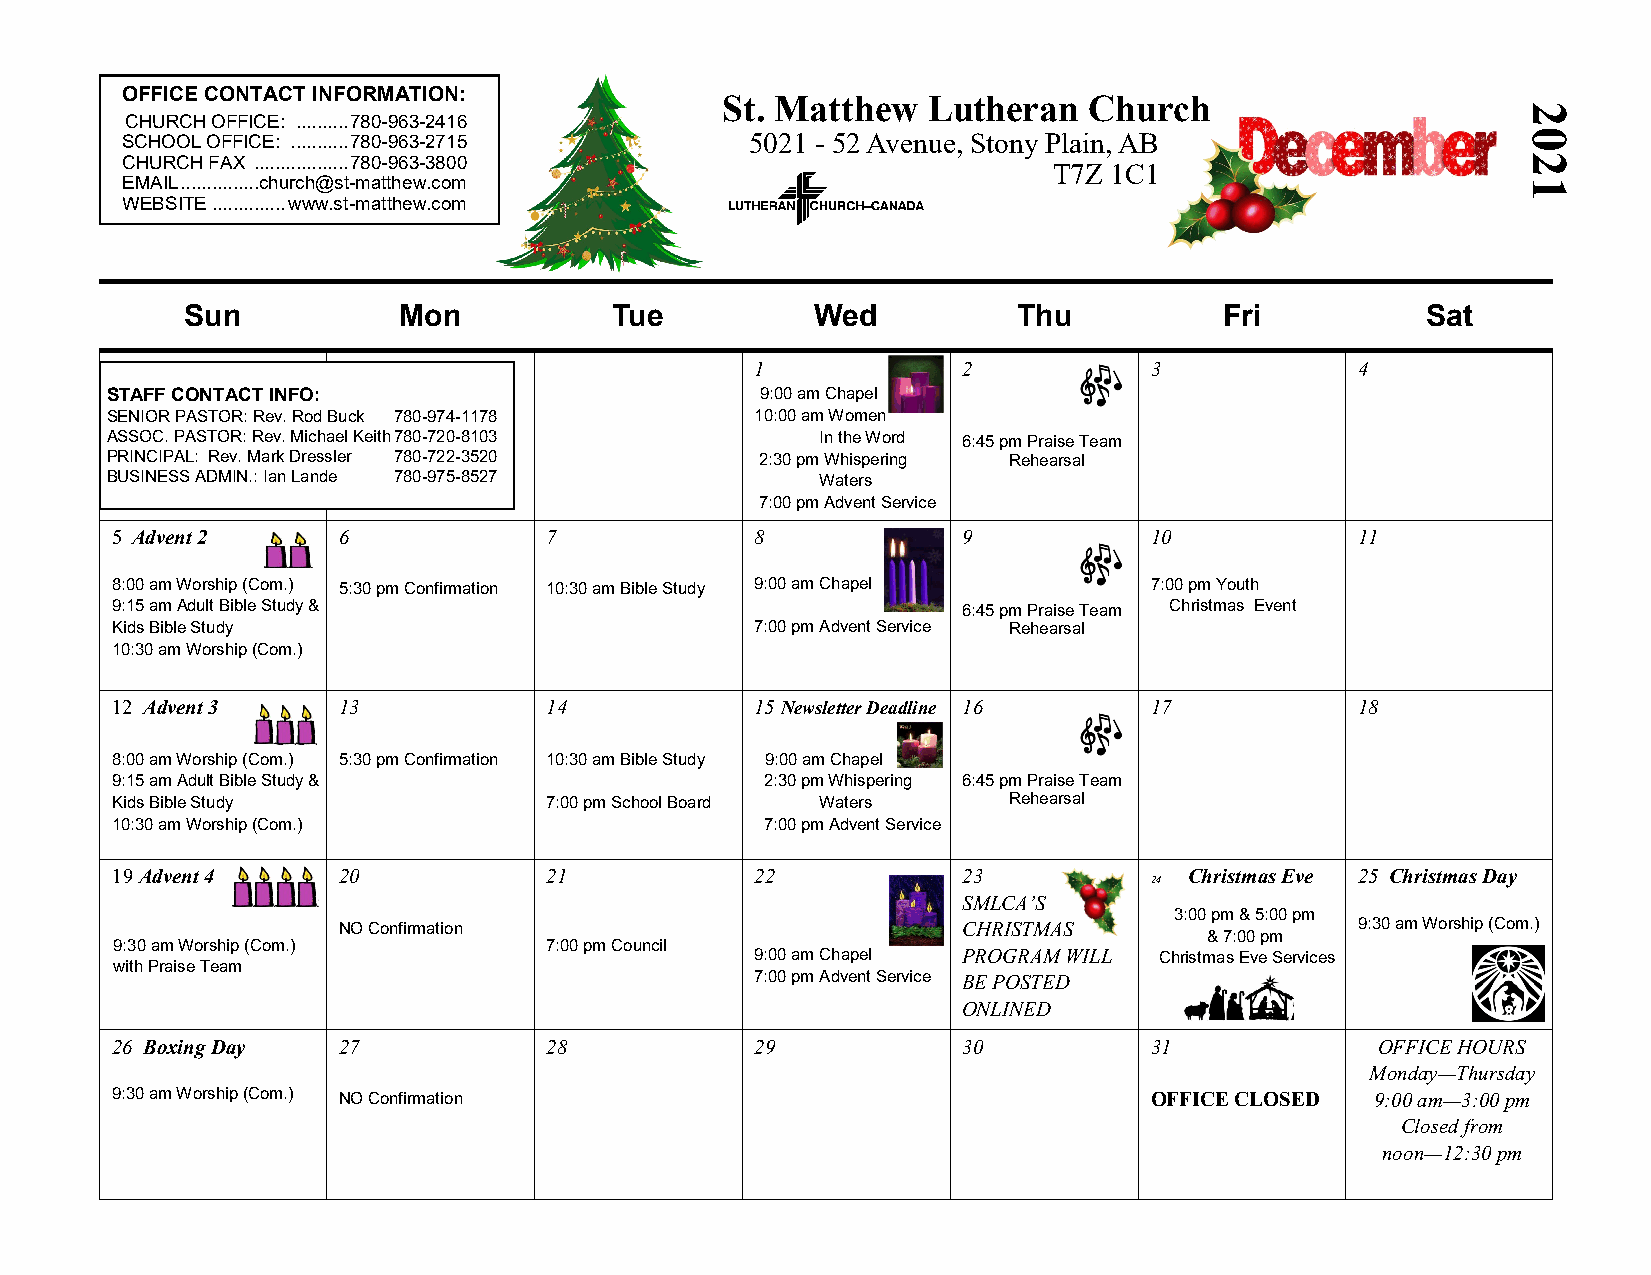
OFFICE CONTACT INFORMATIODN: ecemSt.       Mbattehewr L u2ther0an C2hur1ch
 2
 CHURCH OFFICE: .......... 780-963-2416
 SCHOOL OFFICE: ........... 780-963-2715   5021 - 52 Avenue, Stony Plain, AB                  0
 CHURCH FAX .................. 780-963-3800                                                   2
 T7Z 1C1
 EMAIL ...............church@st-matthew.com                                                   1
 WEBSITE .............. www.st-matthew.com
 Sun           Mon            Tue          Wed          Thu           Fri          Sat
 1             2           3             4
 STAFF CONTACT INFO:                        9:00 am Chapel
 SENIOR PASTOR: Rev. Rod Buck 780-974-1178  10:00 am Women
 ASSOC. PASTOR: Rev. Michael Keith 780-720-8103 In the Word 6:45 pm Praise Team
 PRINCIPAL: Rev. Mark Dressler 780-722-3520 2:30 pm Whispering Rehearsal
 BUSINESS ADMIN.: Ian Lande 780-975-8527        Waters
 7:00 pm Advent Service
 5 Advent 2     6             7             8             9           10            11
 8:00 am Worship (Com.) 5:30 pm Confirmation 10:30 am Bible Study 9:00 am Chapel 7:00 pm Youth
 9:15 am Adult Bible Study &                              6:45 pm Praise Team Christmas Event
 Kids Bible Study                           7:00 pm Advent Service Rehearsal
 10:30 am Worship (Com.)
 12 Advent 3    13            14            15 Newsletter Deadline 16 17            18
 8:00 am Worship (Com.) 5:30 pm Confirmation 10:30 am Bible Study 9:00 am Chapel
 9:15 am Adult Bible Study &                 2:30 pm Whispering 6:45 pm Praise Team
 Kids Bible Study             7:00 pm School Board Waters    Rehearsal
 10:30 am Worship (Com.)                     7:00 pm Advent Service
 19 Advent 4    20            21            22            23
 24
 Christmas Eve 25 Christmas Day
 SMLCA’S
 3:00 pm & 5:00 pm
 NO Confirmation                           CHRISTMAS                 9:30 am Worship (Com.)
 & 7:00 pm
 9:30 am Worship (Com.)       7:00 pm Council
 with Praise Team
 9:00 am Chapel PROGRAM WILL Christmas Eve Services
 7:00 pm Advent Service BE POSTED
 ONLINED
 26 Boxing Day  27            28            29            30          31             OFFICE HOURS
 Monday—Thursday
 9:30 am Worship (Com.) NO Confirmation                               OFFICE CLOSED  9:00 am—3:00 pm
 Closed from
 noon—12:30 pm